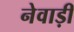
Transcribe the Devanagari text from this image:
नेवाड़ी